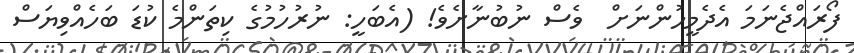
ފޯރައްޖެނަމަ އެދެމީހުންނަށް  ވެސް ނުބުނާށެވެ! (އެބަހީ: ނުރުހުމުގެ ކިތަންމެ ކުޑަ ބަހެއްވިޔަސް